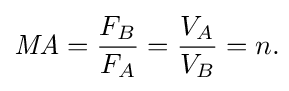
{\mathit {MA}}={\frac {F_{B}}{F_{A}}}={\frac {V_{A}}{V_{B}}}=n.\!